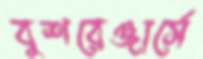
বুশরেঞ্জার্সে